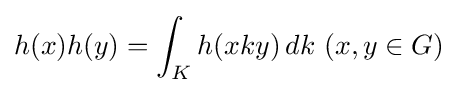
h(x)h(y)=\int _{K}h(xky)\,dk\,\,(x,y\in G)